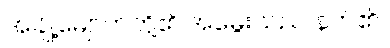
အချို့မျောက်တို့၏ အမွေးသည် နက်၏။